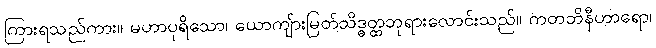
ကြားရသည်ကား။ မဟာပုရိသော၊ ယောကျ်ားမြတ်သိဒ္ဓတ္ထဘုရားလောင်းသည်။ ကတဘိနီဟာရော၊